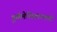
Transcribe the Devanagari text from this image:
तुर्कमेनिस्तानमध्ये